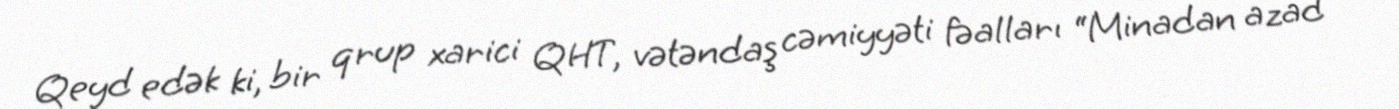
Qeyd edək ki, bir qrup xarici QHT, vətəndaş cəmiyyəti fəalları “Minadan azad